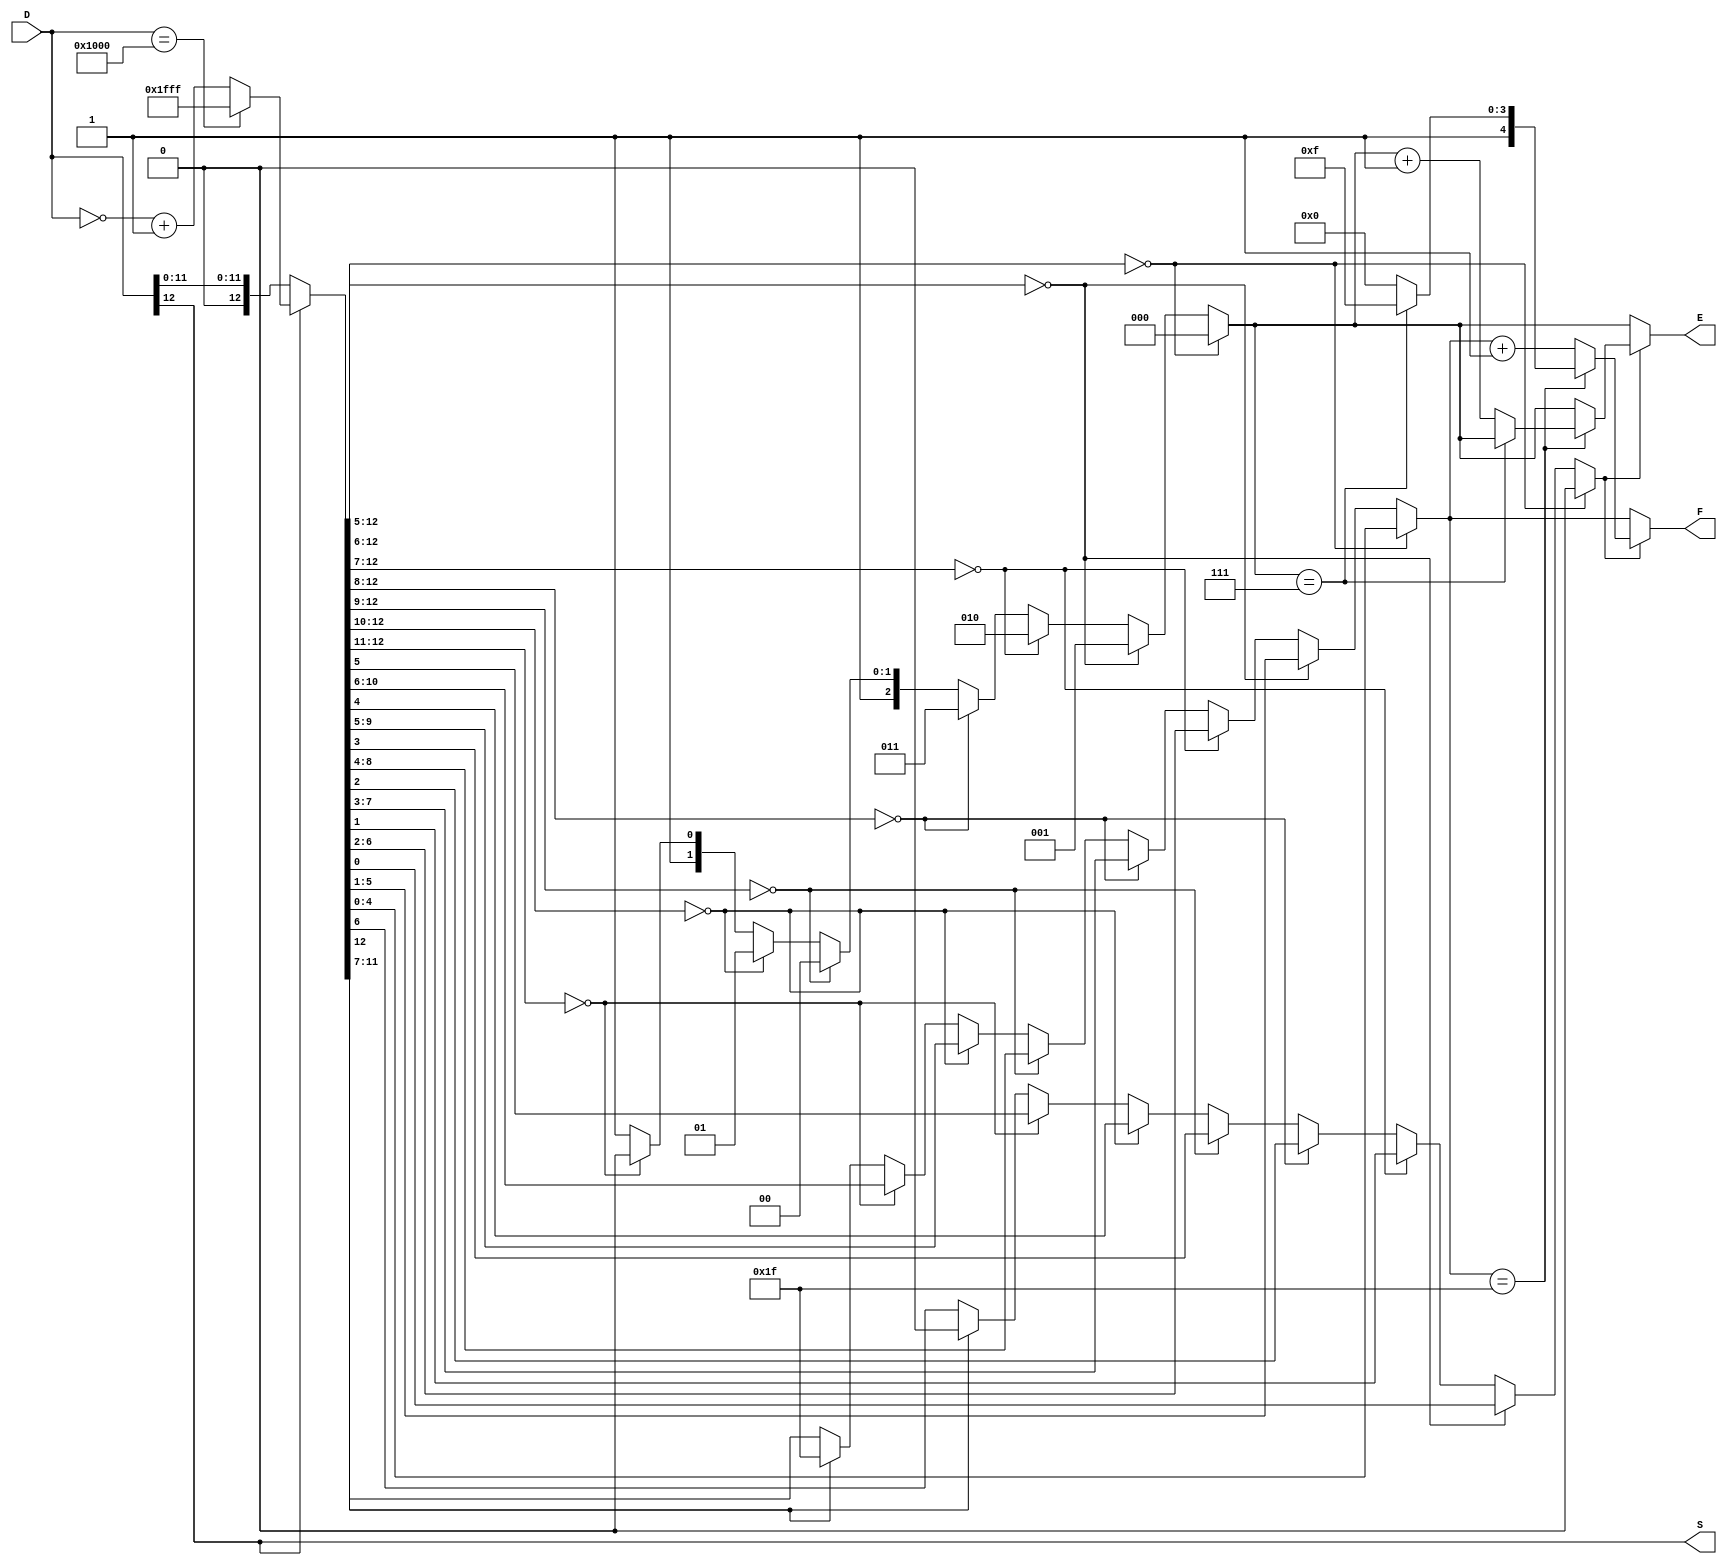
`timescale 1ns / 1ps
//////////////////////////////////////////////////////////////////////////////////
// Company: 
// 
// Design Name: 
// Module Name:    FPCVT 
// Project Name: 
// Target Devices: 
// Tool versions: 
// Description: 
//
// Dependencies: 
//
// Revision: 
// Revision 0.01 - File Created
// Additional Comments: 
//
//////////////////////////////////////////////////////////////////////////////////

module FPCVT(D, S, E, F);
	 input wire [12:0] D; //Input 13-bit number in Two's complement representation
	 output reg S; // Sign bit of the FLoating Point Representation
	 output reg [2:0] E; //3-bit exponent of the floating point representation
	 output reg [4:0] F; //5-bit significand 
	 
	 reg [12:0] abs_value; //Register to manipulate bits
	 reg sixth_bit; // Register to store the 6th bit following the last leading 0
	 
	 //assign S = D[12]; //The Most significant bit
	 
	 always @(D) begin
			// Frist Block. Two's complement to sign-magnitude
			S = D[12];
			if (D[12] == 1'b0) //MST is 0, positive
				abs_value = D[12:0];
			else if (D[12:0] == 13'b1_0000_0000_0000) //handle the case for -4096
				abs_value = 13'b1_1111_1111_1111;
			else	// MST is 1, negative-> Invert all bits and adding 1
				begin
					abs_value = ~D[12:0] + 1'b1;
				end
		
		// Second BLOCK: LINEAR TO FLOATING POINT CONVERSION
			//default:
			E = 3'b111;
			F = 5'b1_1111;
			sixth_bit = 1'b0;
			if (abs_value[12:5] == 8'b0000_0000) 
				begin
					E[2:0] = 3'b000;
					F[4:0] = abs_value[4:0];
					sixth_bit = 1'b0;
				end
			else if (abs_value[12:6] == 7'b000_0000)
				begin
					E[2:0] = 3'b001;
					F[4:0] = abs_value[5:1];
					sixth_bit = abs_value[0];
				end
			else if (abs_value[12:7] == 6'b00_0000)
				begin
					E[2:0] = 3'b010;
					F[4:0] = abs_value[6:2];
					sixth_bit = abs_value[1];
				end
			else if (abs_value[12:8] == 5'b0_0000)
				begin
					E[2:0] = 3'b011;
					F[4:0] = abs_value[7:3];
					sixth_bit = abs_value[2];
				end
			else if (abs_value[12:9] == 4'b0000)
				begin
					E[2:0] = 3'b100;
					F[4:0] = abs_value[8:4];
					sixth_bit = abs_value[3];
				end
			else if (abs_value[12:10] == 3'b000)
				begin
					E[2:0] = 3'b101;
					F[4:0] = abs_value[9:5];
					sixth_bit = abs_value[4];
				end
			else if (abs_value[12:11] == 2'b00)
				begin
					E[2:0] = 3'b110;
					F[4:0] = abs_value[10:6];
					sixth_bit = abs_value[5];
				end
			else if (abs_value[12] == 1'b0)
				begin
					E[2:0] = 3'b111;
					F[4:0] = abs_value[11:7];
					sixth_bit = abs_value[6];
				end
		
		
		// THIRD BLOCK: ROUNDING OF THE FLOATING POINT REPRESENTATION
			if (sixth_bit == 1'b1) //sixth bit is 1 -> round up
					if (F == 5'b1_1111)//overflow, shift the significand right one bit and increase the exponent E by 1
							if (E == 3'b111) //exponent overflow
									F = 5'b1_1111;
							else //no overflow for exponent
								begin
									F = 5'b1_0000; //shift right
									E = E + 1'b1; //Exponent add 1
								end					
					else// add 1 to significand to round up
							begin
								F = F + 1'b1;
							end
			else //Round down
					begin
						F = F;
						E = E;
					end
		
		end
		//always block end
endmodule